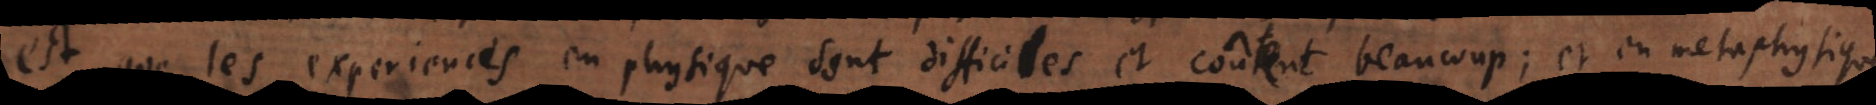
est que les experiences en physique sont difficiles et coûtent beaucoup; et en metaphysique